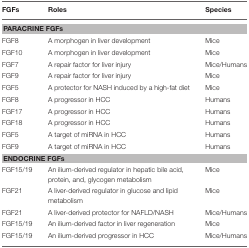
<table><thead><tr><td><b>FGFs</b></td><td><b>Roles</b></td><td><b>Species</b></td></tr></thead><tbody><tr><td colspan="3"><b>PARACRINE FGFs</b></td></tr><tr><td>FGF8</td><td>A morphogen in liver development</td><td>Mice</td></tr><tr><td>FGF10</td><td>A morphogen in liver development</td><td>Mice</td></tr><tr><td>FGF7</td><td>A repair factor for liver injury</td><td>Mice/Humans</td></tr><tr><td>FGF9</td><td>A repair factor for liver injury</td><td>Mice</td></tr><tr><td>FGF5</td><td>A protector for NASH induced by a high-fat diet</td><td>Mice</td></tr><tr><td>FGF8</td><td>A progressor in HCC</td><td>Humans</td></tr><tr><td>FGF17</td><td>A progressor in HCC</td><td>Humans</td></tr><tr><td>FGF18</td><td>A progressor in HCC</td><td>Humans</td></tr><tr><td>FGF5</td><td>A target of miRNA in HCC</td><td>Humans</td></tr><tr><td>FGF9</td><td>A target of miRNA in HCC</td><td>Humans</td></tr><tr><td colspan="3"><b>ENDOCRINE FGFs</b></td></tr><tr><td>FGF15/19</td><td>An ilium-derived regulator in hepatic bile acid, protein, and, glycogen metabolism</td><td>Mice</td></tr><tr><td>FGF21</td><td>A liver-derived regulator in glucose and lipid metabolism</td><td>Mice</td></tr><tr><td>FGF21</td><td>A liver-derived protector for NAFLD/NASH</td><td>Mice/Humans</td></tr><tr><td>FGF15/19</td><td>An ilium-derived factor in liver regeneration</td><td>Mice</td></tr><tr><td>FGF15/19</td><td>An ilium-derived progressor in HCC</td><td>Mice/Humans</td></tr></tbody></table>